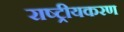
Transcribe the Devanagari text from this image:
राष्‍ट्रीयकरण